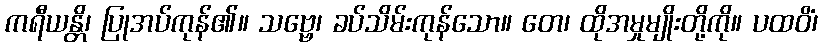
ကရီယန္တိ၊ ပြုအပ်ကုန်၏။ သဗ္ဗေ၊ ခပ်သိမ်းကုန်သော။ တေ၊ ထိုအမှုမျိုးတို့ကို။ ပထဝိံ၊